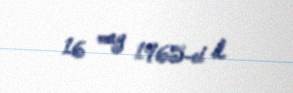
16 may 1965-ci il